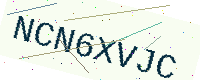
Text: NCN6XVJC